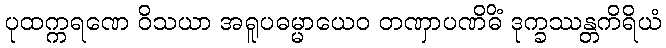
ပုထက္ကရဏေ ဝိသယာ အရူပဓမ္မာယေဝ တဏှာပဏိဓိံ ဒုက္ခဿန္တကိရိယံ